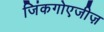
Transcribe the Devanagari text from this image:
जिंकगोएजीज़